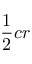
{ \frac { 1 } { 2 } } c r